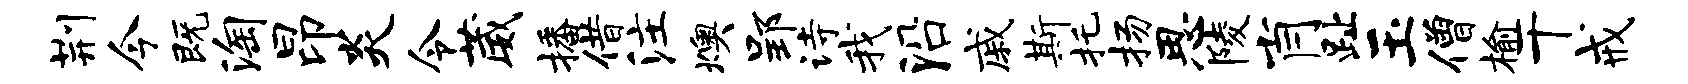
荆今既淘昂炎令葳播借注燠郢诗我沿戚斯托扬思陵肖趾玉僧榆干戒